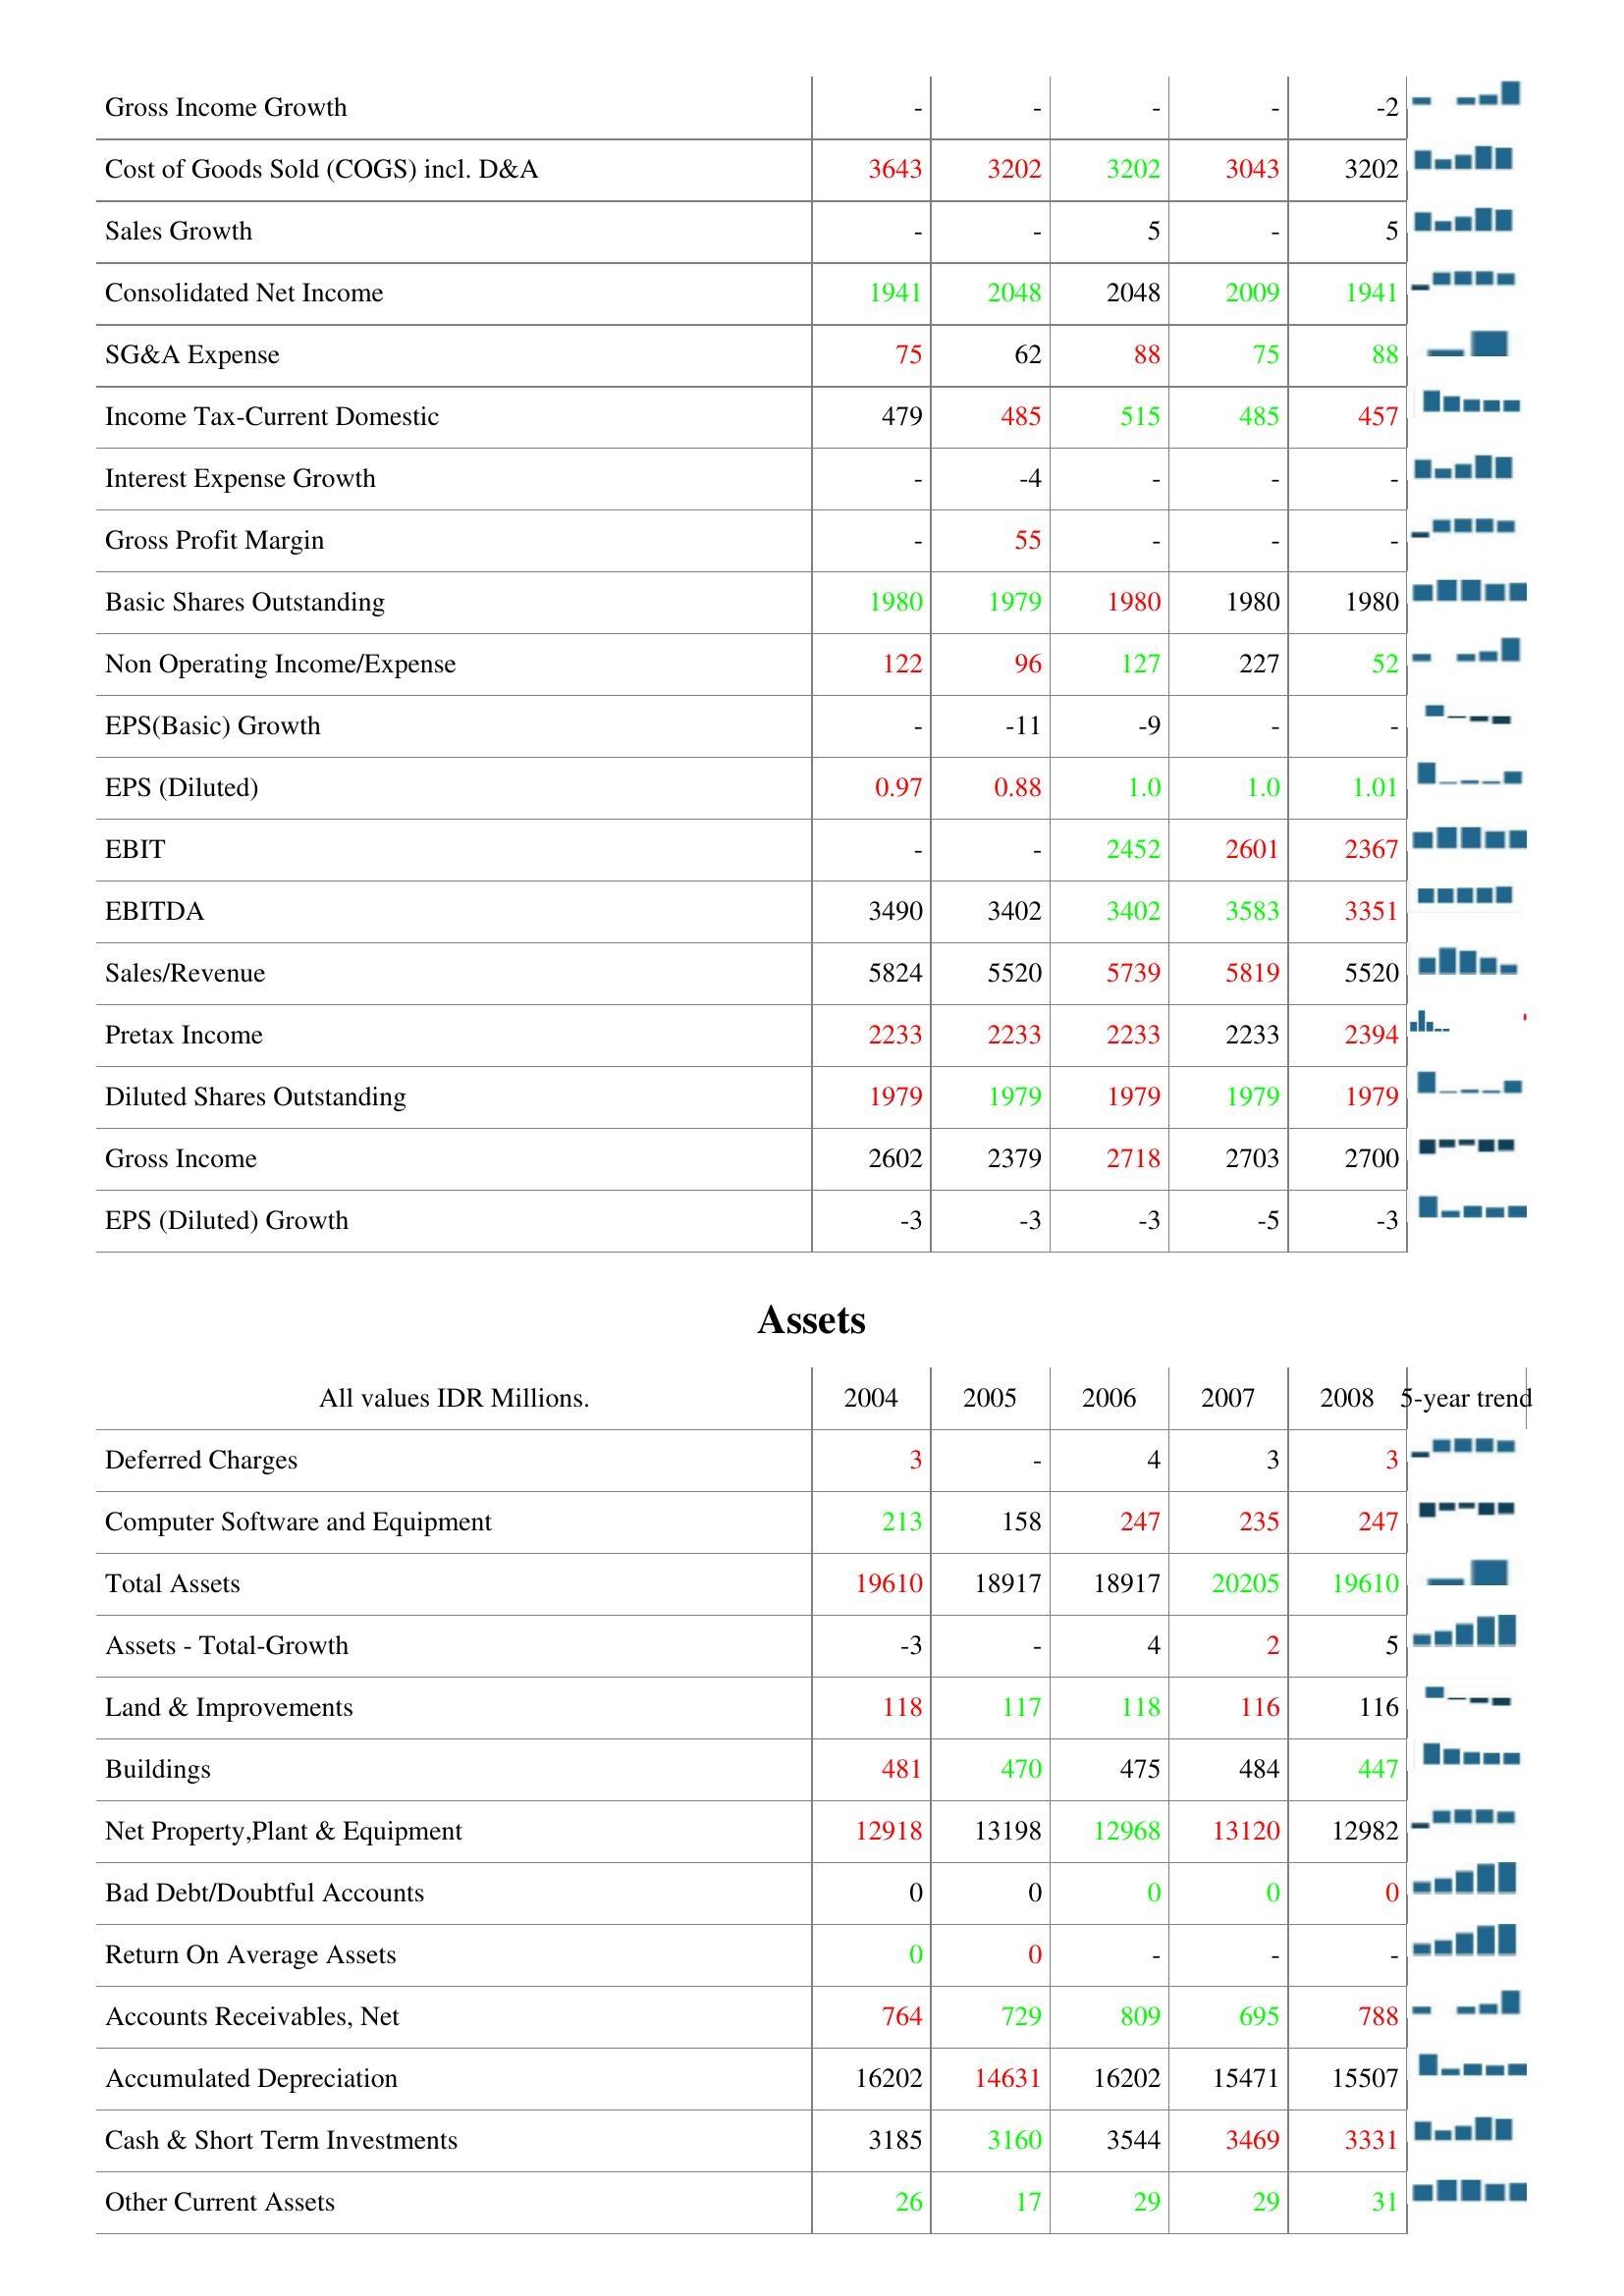
2004: : Gross Income Growth: -
Cost of Goods Sold (COGS) incl. D&A: 3643
Sales Growth: -
Consolidated Net Income: 1941
SG&A Expense: 75
Income Tax-Current Domestic: 479
Interest Expense Growth: -
Gross Profit Margin: -
Basic Shares Outstanding: 1980
Non Operating Income/Expense: 122
EPS(Basic) Growth: -
EPS (Diluted): 0.97
EBIT: -
EBITDA: 3490
Sales/Revenue: 5824
Pretax Income: 2233
Diluted Shares Outstanding: 1979
Gross Income: 2602
EPS (Diluted) Growth: -3
Assets: Deferred Charges: 3
Computer Software and Equipment: 213
Total Assets: 19610
Assets - Total-Growth: -3
Land & Improvements: 118
Buildings: 481
Net Property,Plant & Equipment: 12918
Bad Debt/Doubtful Accounts: 0
Return On Average Assets: 0
Accounts Receivables, Net: 764
Accumulated Depreciation: 16202
Cash & Short Term Investments: 3185
Other Current Assets: 26
2005: : Gross Income Growth: -
Cost of Goods Sold (COGS) incl. D&A: 3202
Sales Growth: -
Consolidated Net Income: 2048
SG&A Expense: 62
Income Tax-Current Domestic: 485
Interest Expense Growth: -4
Gross Profit Margin: 55
Basic Shares Outstanding: 1979
Non Operating Income/Expense: 96
EPS(Basic) Growth: -11
EPS (Diluted): 0.88
EBIT: -
EBITDA: 3402
Sales/Revenue: 5520
Pretax Income: 2233
Diluted Shares Outstanding: 1979
Gross Income: 2379
EPS (Diluted) Growth: -3
Assets: Deferred Charges: -
Computer Software and Equipment: 158
Total Assets: 18917
Assets - Total-Growth: -
Land & Improvements: 117
Buildings: 470
Net Property,Plant & Equipment: 13198
Bad Debt/Doubtful Accounts: 0
Return On Average Assets: 0
Accounts Receivables, Net: 729
Accumulated Depreciation: 14631
Cash & Short Term Investments: 3160
Other Current Assets: 17
2006: : Gross Income Growth: -
Cost of Goods Sold (COGS) incl. D&A: 3202
Sales Growth: 5
Consolidated Net Income: 2048
SG&A Expense: 88
Income Tax-Current Domestic: 515
Interest Expense Growth: -
Gross Profit Margin: -
Basic Shares Outstanding: 1980
Non Operating Income/Expense: 127
EPS(Basic) Growth: -9
EPS (Diluted): 1.0
EBIT: 2452
EBITDA: 3402
Sales/Revenue: 5739
Pretax Income: 2233
Diluted Shares Outstanding: 1979
Gross Income: 2718
EPS (Diluted) Growth: -3
Assets: Deferred Charges: 4
Computer Software and Equipment: 247
Total Assets: 18917
Assets - Total-Growth: 4
Land & Improvements: 118
Buildings: 475
Net Property,Plant & Equipment: 12968
Bad Debt/Doubtful Accounts: 0
Return On Average Assets: -
Accounts Receivables, Net: 809
Accumulated Depreciation: 16202
Cash & Short Term Investments: 3544
Other Current Assets: 29
2007: : Gross Income Growth: -
Cost of Goods Sold (COGS) incl. D&A: 3043
Sales Growth: -
Consolidated Net Income: 2009
SG&A Expense: 75
Income Tax-Current Domestic: 485
Interest Expense Growth: -
Gross Profit Margin: -
Basic Shares Outstanding: 1980
Non Operating Income/Expense: 227
EPS(Basic) Growth: -
EPS (Diluted): 1.0
EBIT: 2601
EBITDA: 3583
Sales/Revenue: 5819
Pretax Income: 2233
Diluted Shares Outstanding: 1979
Gross Income: 2703
EPS (Diluted) Growth: -5
Assets: Deferred Charges: 3
Computer Software and Equipment: 235
Total Assets: 20205
Assets - Total-Growth: 2
Land & Improvements: 116
Buildings: 484
Net Property,Plant & Equipment: 13120
Bad Debt/Doubtful Accounts: 0
Return On Average Assets: -
Accounts Receivables, Net: 695
Accumulated Depreciation: 15471
Cash & Short Term Investments: 3469
Other Current Assets: 29
2008: : Gross Income Growth: -2
Cost of Goods Sold (COGS) incl. D&A: 3202
Sales Growth: 5
Consolidated Net Income: 1941
SG&A Expense: 88
Income Tax-Current Domestic: 457
Interest Expense Growth: -
Gross Profit Margin: -
Basic Shares Outstanding: 1980
Non Operating Income/Expense: 52
EPS(Basic) Growth: -
EPS (Diluted): 1.01
EBIT: 2367
EBITDA: 3351
Sales/Revenue: 5520
Pretax Income: 2394
Diluted Shares Outstanding: 1979
Gross Income: 2700
EPS (Diluted) Growth: -3
Assets: Deferred Charges: 3
Computer Software and Equipment: 247
Total Assets: 19610
Assets - Total-Growth: 5
Land & Improvements: 116
Buildings: 447
Net Property,Plant & Equipment: 12982
Bad Debt/Doubtful Accounts: 0
Return On Average Assets: -
Accounts Receivables, Net: 788
Accumulated Depreciation: 15507
Cash & Short Term Investments: 3331
Other Current Assets: 31